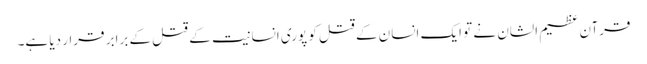
قرآن عظیم الشان نے تو ایک انسان کے قتل کو پوری انسانیت کے قتل کے برابر قرار دیا ہے۔